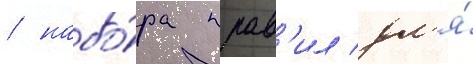
/ набо́ра прав'ил дл'я́